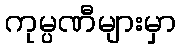
ကုမ္ပဏီများမှာ